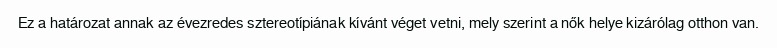
Ez a határozat annak az évezredes sztereotípiának kívánt véget vetni, mely szerint a nők helye kizárólag otthon van.